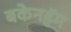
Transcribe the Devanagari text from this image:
बकेनहॅम